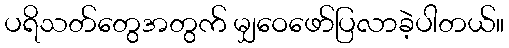
ပရိသတ်တွေအတွက် မျှဝေဖော်ပြလာခဲ့ပါတယ်။